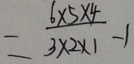
= \frac { 6 \times 5 \times 4 } { 3 \times 2 \times 1 } - 1